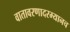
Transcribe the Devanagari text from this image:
वातावरणादरम्यानच